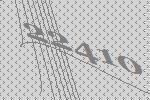
22410